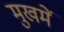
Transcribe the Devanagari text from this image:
मुखमें